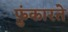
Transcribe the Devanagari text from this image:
फ़ुंकारते